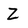
Character: Z